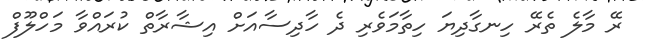
ރޭ މާލެ ތެރޭ ހިނގާދިޔަ ހިތާމަވެރި ދެ ހާދިސާއަށް އިޝާރާތް ކުރައްވާ މަހްލޫފް